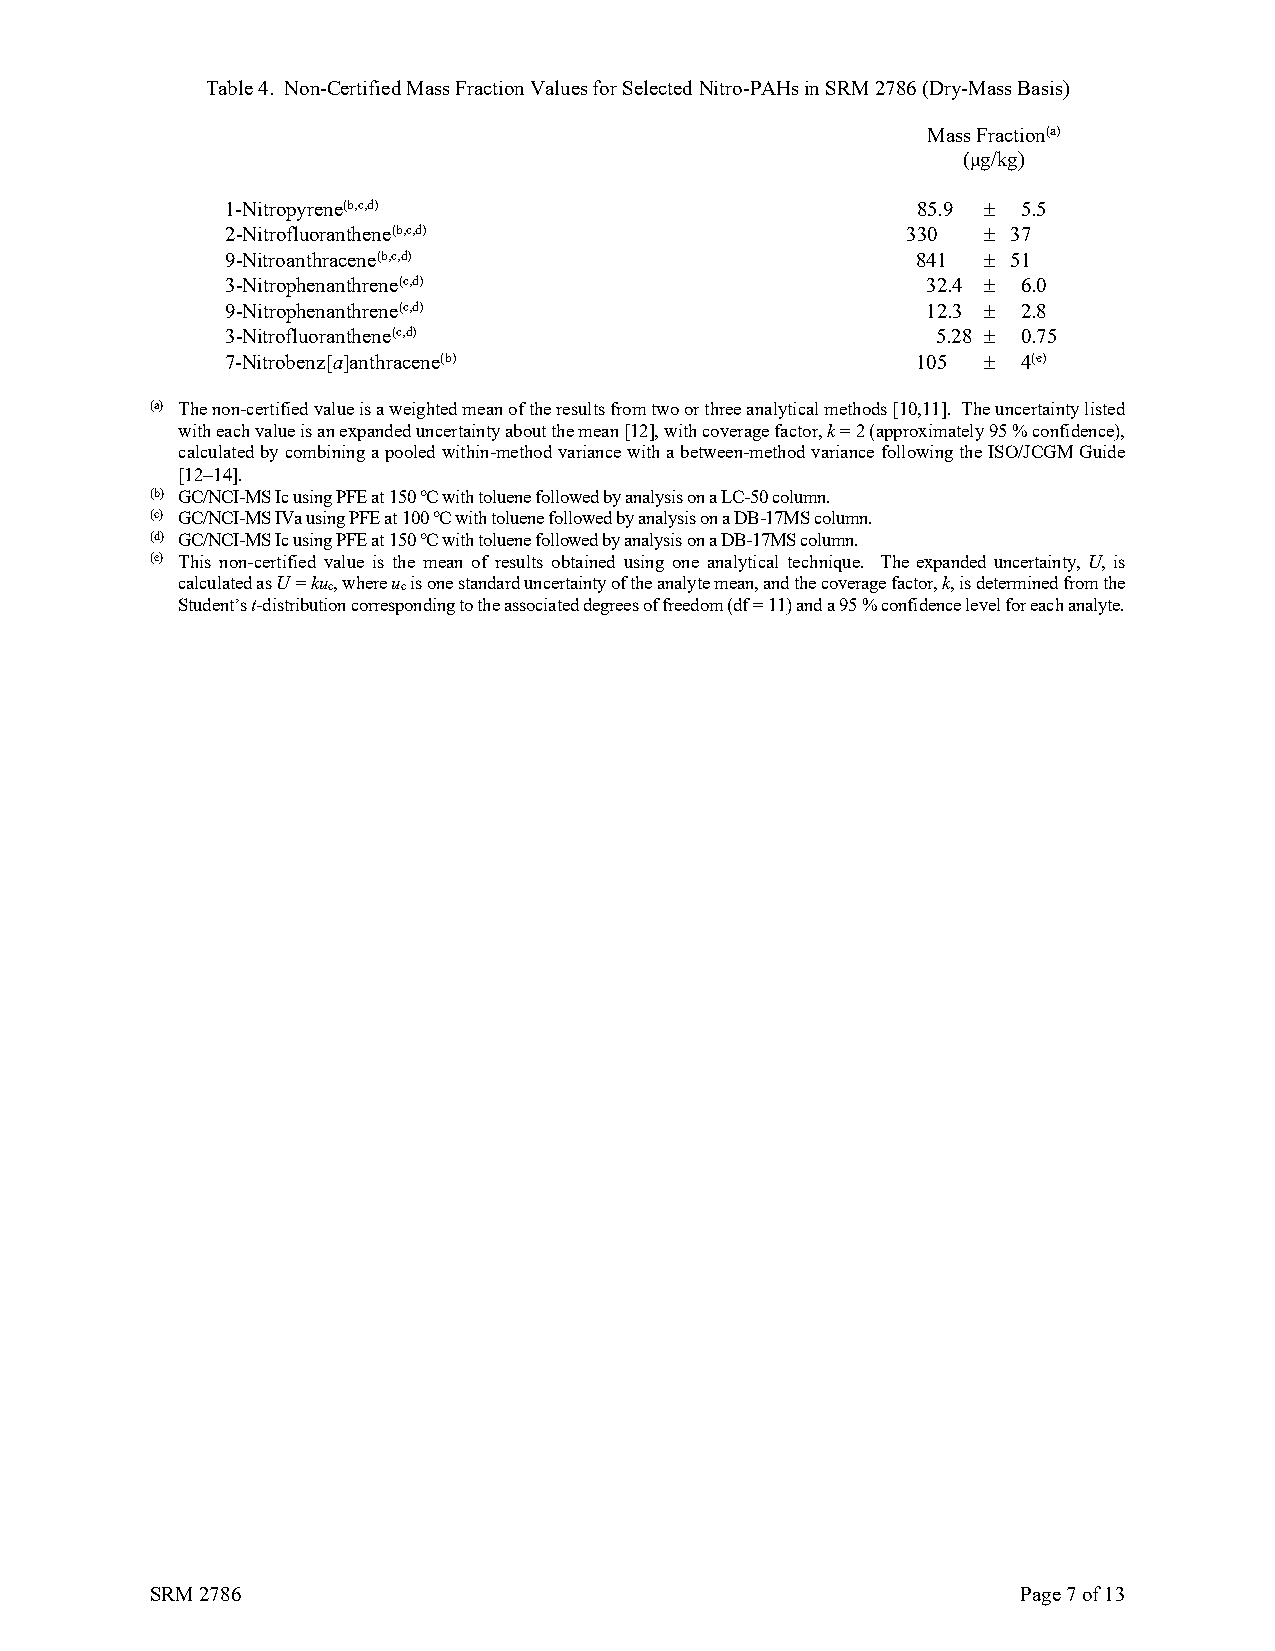
Table 4. Non-Certified Mass Fraction Values for Selected Nitro-PAHs in SRM 2786 (Dry-Mass Basis)
 Mass Fraction(a)
 (μg/kg)
 1-Nitropyrene(b,c,d)                          85.9 ± 5.5
 2-Nitrofluoranthene(b,c,d)                   330  ± 37
 9-Nitroanthracene(b,c,d)                      841 ± 51
 3-Nitrophenanthrene(c,d)                      32.4 ± 6.0
 9-Nitrophenanthrene(c,d)                      12.3 ± 2.8
 3-Nitrofluoranthene(c,d)                       5.28 ± 0.75
 7-Nitrobenz[a]anthracene(b)                   105 ±  4(e)
 (a) The non-certified value is a weighted mean of the results from two or three analytical methods [10,11]. The uncertainty listed
 with each value is an expanded uncertainty about the mean [12], with coverage factor, k = 2 (approximately 95 % confidence),
 calculated by combining a pooled within-method variance with a between-method variance following the ISO/JCGM Guide
 [12−14].
 (b) GC/NCI-MS Ic using PFE at 150 °C with toluene followed by analysis on a LC-50 column.
 (c) GC/NCI-MS IVa using PFE at 100 °C with toluene followed by analysis on a DB-17MS column.
 (d) GC/NCI-MS Ic using PFE at 150 °C with toluene followed by analysis on a DB-17MS column.
 (e) This non-certified value is the mean of results obtained using one analytical technique. The expanded uncertainty, U, is
 calculated as U = kuc, where uc is one standard uncertainty of the analyte mean, and the coverage factor, k, is determined from the
 Student’s t-distribution corresponding to the associated degrees of freedom (df = 11) and a 95 % confidence level for each analyte.
 SRM 2786                                                  Page 7 of 13